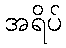
အရိပ်